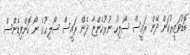
ބޮޑުވަޒީރުކަން ދޭން ރައީސް ސޯލިހު ނުރުހެންޏާ ދެން ރައީސް ސޯލިޙުގެ ނޯ ކޮންފިޑެންސް